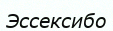
Эссексибо